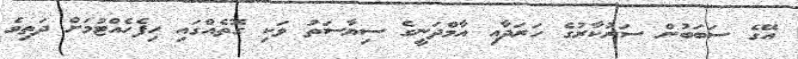
އޭގެ ސަބަބުން ސަރުކާރުގެ ހަރަދާއި އާމްދަނީގެ ސިޔާސަތު ވަކި ގޮތެއްގައި ހިފެހެއްޓުމަށް ދަތިވެ